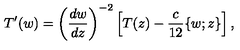
T ^ { \prime } ( w ) = \left( \frac { d w } { d z } \right) ^ { - 2 } \left[ T ( z ) - \frac { c } { 1 2 } \{ w ; z \} \right] ,